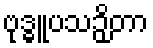
ဗုဒ္ဓူပသဉှိတာ